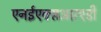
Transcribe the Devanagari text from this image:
एनईएक्सआरएडी